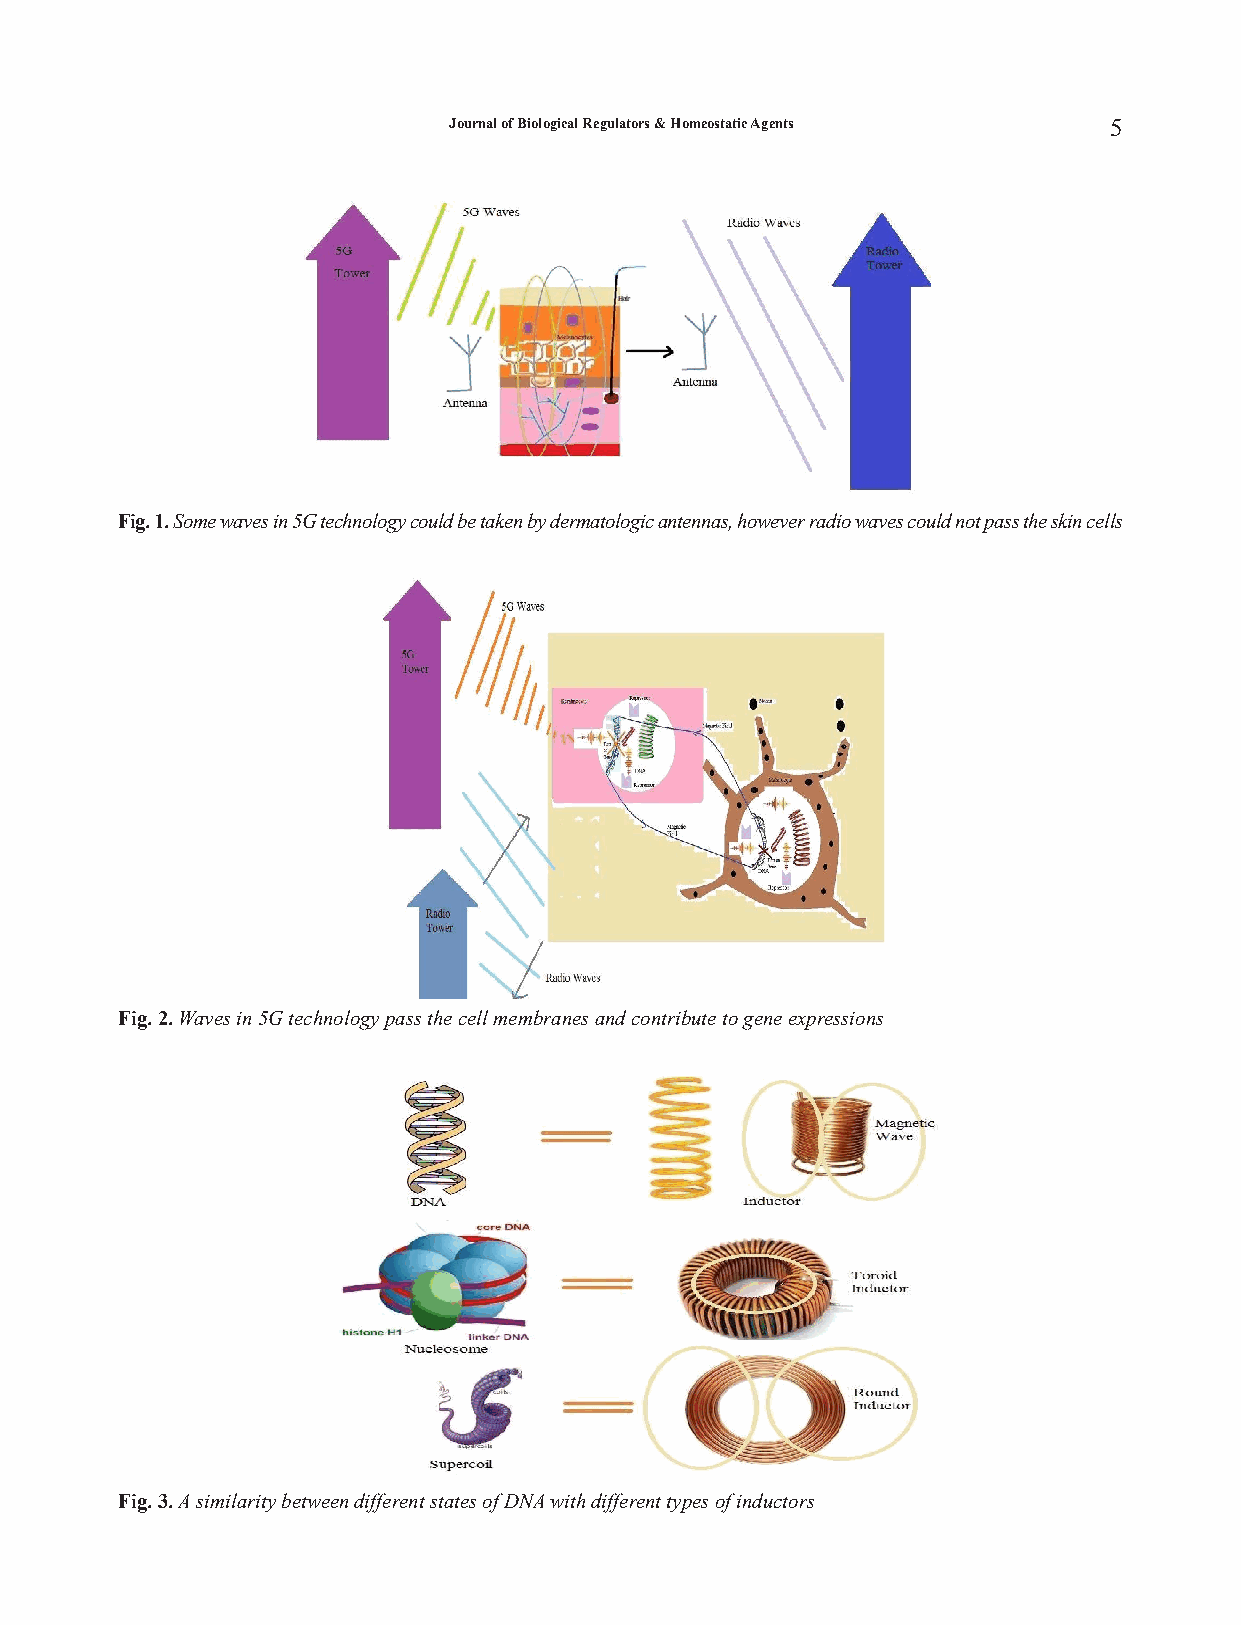
17.Redon R, Ishikawa S, Fitch KR, et al. Global variation in copy number in the human
 genome.Nature2006;444:444-54.
 18.AllfreyVG,MirskyAE.Structuralmodificationsofhistonesandtheirpossibleroleinthe
 regulationofRNAsynthesis.Science1964;144:559.
 19.DolezelJ,BartošJ,VoglmayrH,GreilhuberJ.NuclearDNAcontentandgenomesizeof
 troutandhuman.CytometryPartA2003;51:127-28.
 20.Greilhuber J, Doležel J, Lysák M, Bennett MD. The origin, evolution and proposed
 stabilizationoftheterms'genomesize'and'C-value'todescribenuclearDNAcontents.
 AnnBot2005;95:255-60.
 21.AbecasisGR,AutonA,BrooksLD,etal.Anintegratedmapofgeneticvariationfrom
 1,092humangenomes.Nature2012;491(7422):56-65.
 22.AutonA,BrooksLD,DurbinRM,etal.Aglobalreferenceforhumangeneticvariation.
 Nature2015;526:68-74.
 Journal of Biological Regulators & Homeostatic Agents 5
 Fig.1.Somewavesin5Gtechnologycouldbetakenbydermatologicantennas,howeverradio
 wavescouldnotpasstheskincells
 Fig. 1. Some waves in 5G technology could be taken by dermatologic antennas, however radio waves could not pass the skin cells
 Fig. 2. Waves in 5G technology pass the cell membranes and contribute to gene expressions
 Fig.2.Wavesin5Gtechnologypassthecellmembranesandcontributetogeneexpressions
 Fig. 3. A similarity between different states of DNA with different types of inductors
 Fig.3.AsimilaritybetweendifferentstatesofDNAwithdifferenttypesofinductors